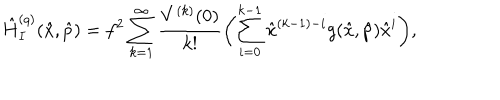
LaTeX: \hat { H } _ { I } ^ { ( q ) } ( \hat { x } , \hat { p } ) = f ^ { 2 } \sum _ { k = 1 } ^ { \infty } \frac { V ^ { ( k ) } ( 0 ) } { k ! } \biggl ( \sum _ { i = 0 } ^ { k - 1 } \hat { x } ^ { ( k - 1 ) - i } g ( \hat { x } , \hat { p } ) \hat { x } ^ { i } \biggr ) ,